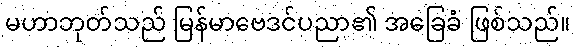
မဟာဘုတ်သည် မြန်မာဗေဒင်ပညာ၏ အခြေခံ ဖြစ်သည်။